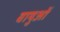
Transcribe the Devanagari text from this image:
वायुओं